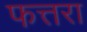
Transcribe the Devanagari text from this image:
फत्तरा